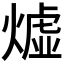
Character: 𪹣